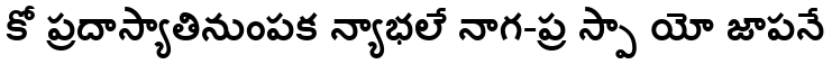
కో ప్రదాస్యాతినుంపక న్యాభలే నాగ-ప్ర స్పా యో జాపనే